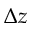
\Delta z